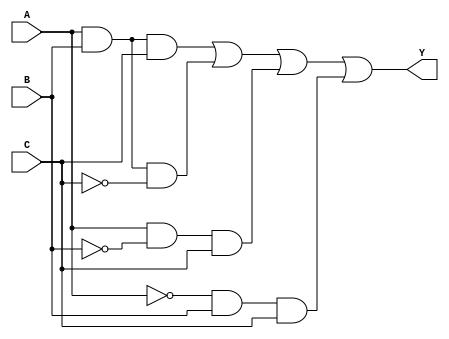
module kmap_3var (
    input wire A,  // First input variable
    input wire B,  // Second input variable
    input wire C,  // Third input variable
    output wire Y  // Output variable
);

// Logic implementation based on K-map simplification
// Assuming the K-map has the following minterms as output 1:
// For example: minterms 1, 3, 5, 7 (which corresponds to (A'B'C), (A'BC), (AB'C), (ABC))

assign Y = (A & B & C) | (A & B & ~C) | (A & ~B & C) | (~A & B & C);

endmodule